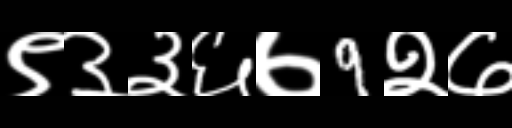
Text: ९३३६७9२७